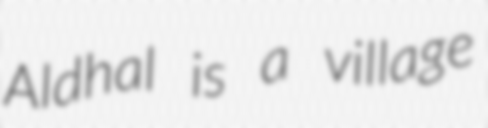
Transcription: Aldhal is a village